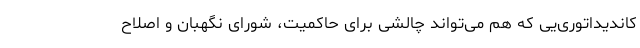
کاندیداتوری‌یی که هم می‌تواند چالشی برای حاکمیت، شورای نگهبان و اصلاح